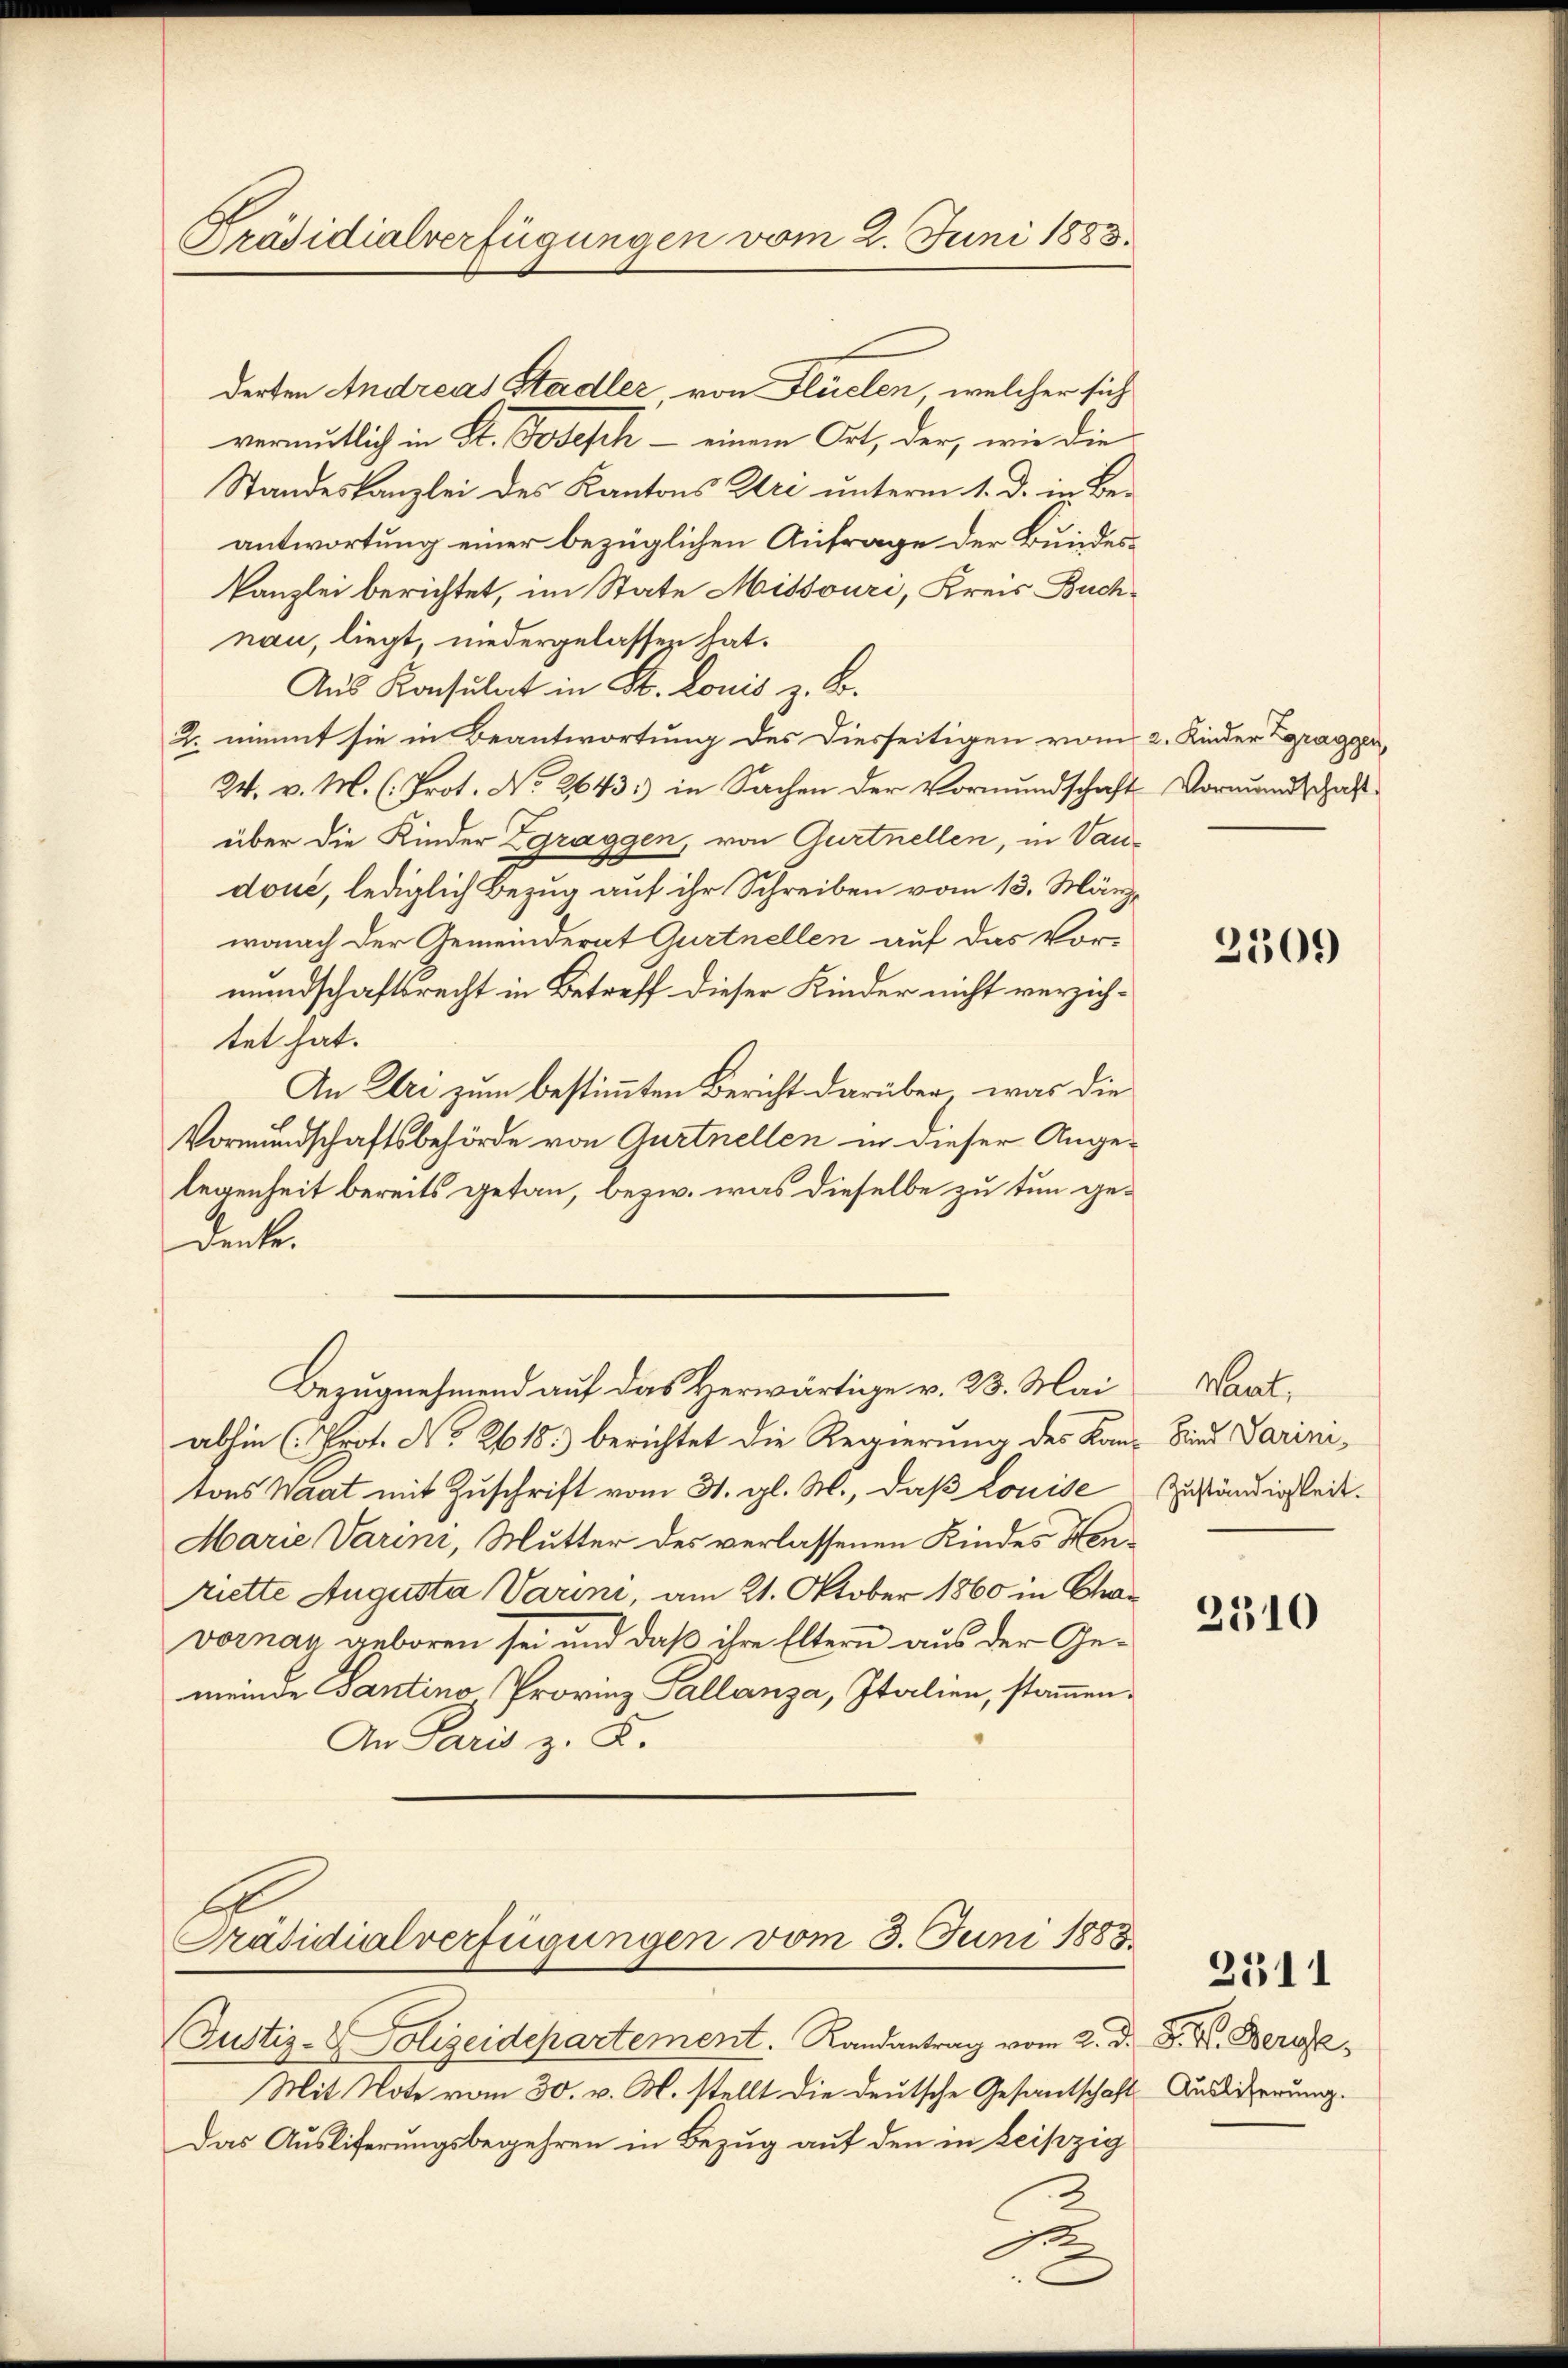
Präsidialverfügungen vom 2. Juni 1888.

derten Andreas Stadler, von Flüelen, welcher sich
vermutlich in St. Josefch - einem Ort, der, wie die
Standeskanzlei des Kantons Uri unterm 1. d. in Be-
antwortung einer bezüglichen Anfrage der Bundes¬
Kanzlei berichtet, im State Missouri, Kreis Buchnau, liegt, niedergelassen hat.
Aus Konsulat in St. Louis z. B.
2. nimmt sie in Beantwortung des Diesseitigen vom 2. Kinder Zgragger,
24. v. M. (: Prot. No 2643: in Sachen der Vormundschaft Vormundschaft
über die Kinder Zgraggen, von Gurtnellen, in Vaudoué, lediglich Bezug auf ihr Schreiben vom 13. März,
wonach der Gemeinderat Gurtnellen auf das Vormundschaftsrecht in Betreff dieser Kinder nicht verzichtet hat.
An Uri zum bestimmten Bericht darüber, was die
Vormundschaftsbehörde von Aurtnellen in dieser Angelegenheit bereits getan, bezw. was dieselbe zu tun gedenke.
Bezugnehmend auf das Herwärtige v. 23. Mai
abhin (Prot. No. 2618) berichtet die Regierung des Kan-Sind Sarizitons Waat mit Zuschrift vom 31. gl. M., daß Louise
Marie Varini, Mutter des verlassenen Kindes Henriette Augusta Varini, am 21. Oktober 1860 in Char
vornay geboren sei und daß ihre Eltern aus der Gemeinde Santino, Provinz Callanza, Italien, stammen.
An Paris z. K.
Präsidialverfügungen vom 3. Juni 1883.
Justiz- & Polizeidepartement. Randantrag vom 2. d. J. V. Berge¬
Mit Note vom 30. v. M. stellt die deutsche Gesantschaft Auslierung.
Das Ausliferungsbegehren in Bezug auf den in Leipzig

e

2309

Want.
Zuständigkeit.

2310

2511